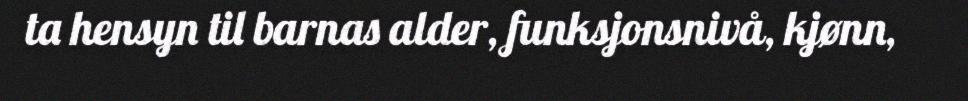
ta hensyn til barnas alder, funksjonsnivå, kjønn,